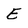
Character: E